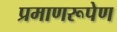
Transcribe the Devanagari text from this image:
प्रमाणरूपेण